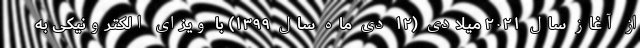
از آغاز سال ۲۰۲۱ میلادی (۱۲ دی ماه سال ۱۳۹۹) با ویزای الکترونیکی به